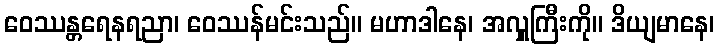
ဝေဿန္တရေနရညာ၊ ဝေဿန်မင်းသည်။ မဟာဒါနေ၊ အလှူကြီးကို။ ဒိယျမာနေ၊